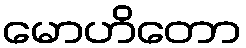
မောဟိတော